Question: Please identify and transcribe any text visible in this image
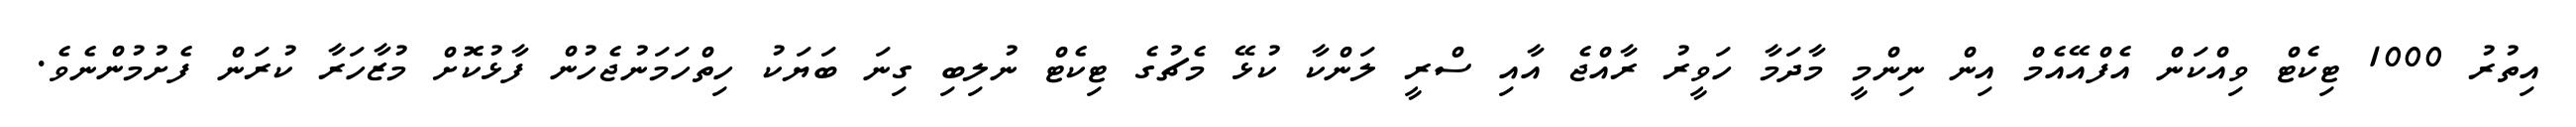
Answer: އިތުރު 1000 ޓިކެޓް ވިއްކަން އެފްއޭއެމް އިން ނިންމީ މާދަމާ ހަވީރު ރާއްޖެ އާއި ސްރީ ލަންކާ ކުޅޭ މެޗުގެ ޓިކެޓް ނުލިބި ގިނަ ބަޔަކު ހިތްހަމަނުޖެހުން ފާޅުކޮށް މުޒާހަރާ ކުރަން ފެށުމުންނެވެ.